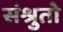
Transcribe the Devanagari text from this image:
संश्रुतो